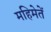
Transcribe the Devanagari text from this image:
महिमेतें